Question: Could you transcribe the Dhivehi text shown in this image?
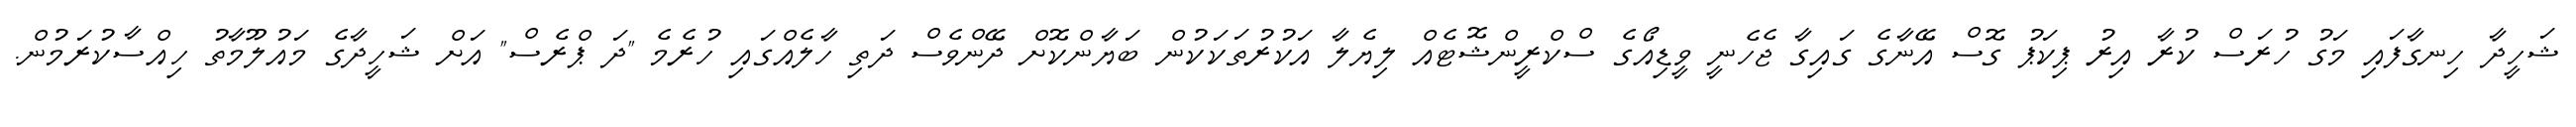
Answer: ޝަހީދާ ހިނގާފައި މަގު ހުރަސް ކުރާ އިރު ޕިކަޕު ގޮސް އޭނާގެ ގައިގާ ޖެހެނީ ވީޑިއޯގެ ސްކްރީންޝޮޓެއް ލިޔެލާ އަކުރުތަކަކުން ބަޔާންކޮށް ދޭންވެސް ދަތި ހާލެއްގައި ހުރެމެ "ދަ ޕްރެސް" އަށް ޝަހީދާގެ މައުލޫމާތު ހިއްސާކުރަމުން.